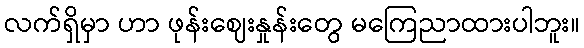
လက်ရှိမှာ ဟာ ဖုန်းဈေးနှုန်းတွေ မကြေညာထားပါဘူး။